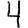
Digit: 4